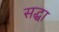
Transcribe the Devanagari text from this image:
सद्धा